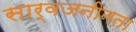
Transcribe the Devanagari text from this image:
सार्वजनीनता